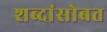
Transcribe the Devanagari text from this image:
शब्दांसोबत